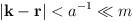
LaTeX: \begin{align*}|{\bf k}-{\bf r}|<a^{-1}\ll m \end{align*}